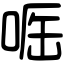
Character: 𠶲